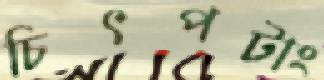
চিৎপটাং